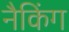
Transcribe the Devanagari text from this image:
नैकिंग